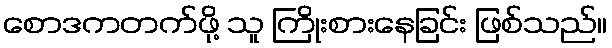
စောဒကတက်ဖို့ သူ ကြိုးစားနေခြင်း ဖြစ်သည်။